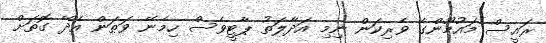
ރައީސް މައުމޫންގެ ވެރިކަން ނިމި އަދާލަތު ޕާޓީވެސް ހިމެނޭ ވަޠަން އެދޭ ގޮތަށް